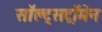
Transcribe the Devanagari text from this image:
सॉल्ट्सट्रॉमेन